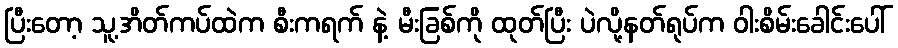
ပြီးတော့ သူ့အိတ်ကပ်ထဲက စီးကရက် နဲ့ မီးခြစ်ကို ထုတ်ပြီး ပဲလို့နတ်ရုပ်က ဝါးစိမ်းခေါင်းပေါ်